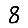
Digit: 8